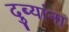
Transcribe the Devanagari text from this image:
दुब्यांना